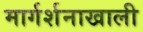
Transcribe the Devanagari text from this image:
मार्गर्शनाखाली